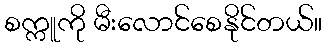
စက္ကူကို မီးလောင်စေနိုင်တယ်။